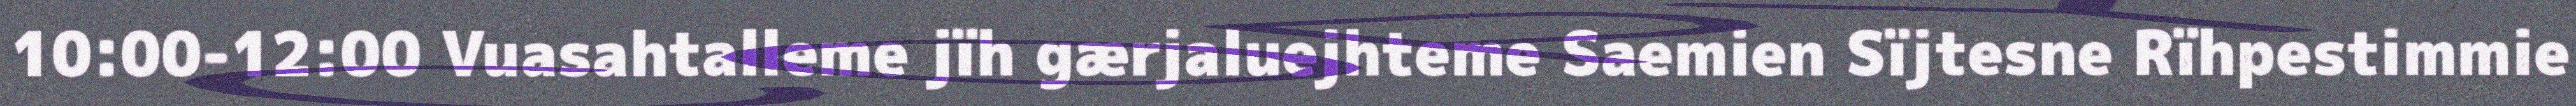
10:00-12:00 Vuasahtalleme jïh gærjaluejhteme Saemien Sïjtesne Rïhpestimmie